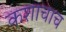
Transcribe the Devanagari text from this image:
कशाचाच